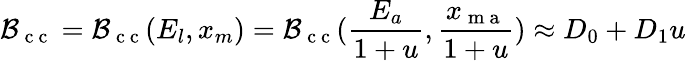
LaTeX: {\cal B}_{\mathrm{~c~c~}}={\cal B}_{\mathrm{~c~c~}}(E_{l},x_{m})={\cal B}_{\mathrm{~c~c~}}(\frac{E_{a}}{1+u},\frac{x_{\mathrm{~m~a~}}}{1+u})\approx D_{0}+D_{1}u